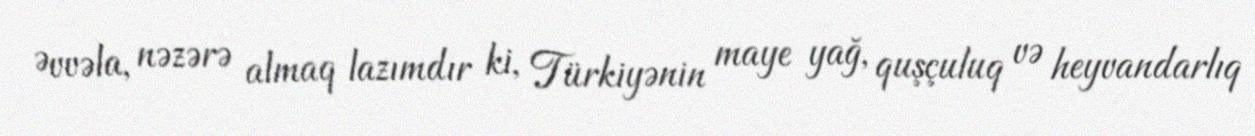
Əvvəla, nəzərə almaq lazımdır ki, Türkiyənin maye yağ, quşçuluq və heyvandarlıq